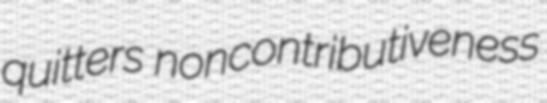
quitters noncontributiveness